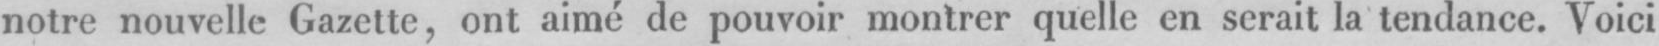
notre nouvelle Gazette, ont aimé de pouvoir montrer quelle en serait la tendance. Voici